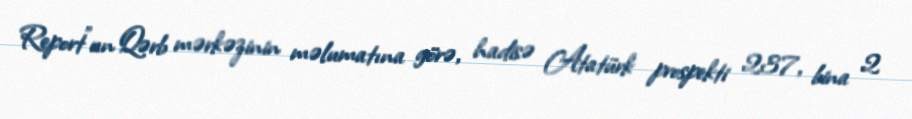
Report"un Qərb mərkəzinin məlumatına görə, hadisə Atatürk prospekti 237, bina 2